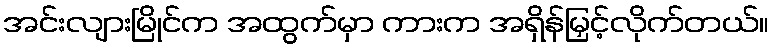
အင်းလျားမြိုင်က အထွက်မှာ ကားက အရှိန်မြှင့်လိုက်တယ်။